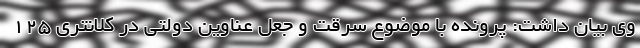
وی بیان داشت: پرونده با موضوع سرقت و جعل عناوین دولتی در کلانتری ۱۲۵